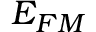
E _ { F M }